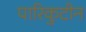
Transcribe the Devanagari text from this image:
पारिकुटीन